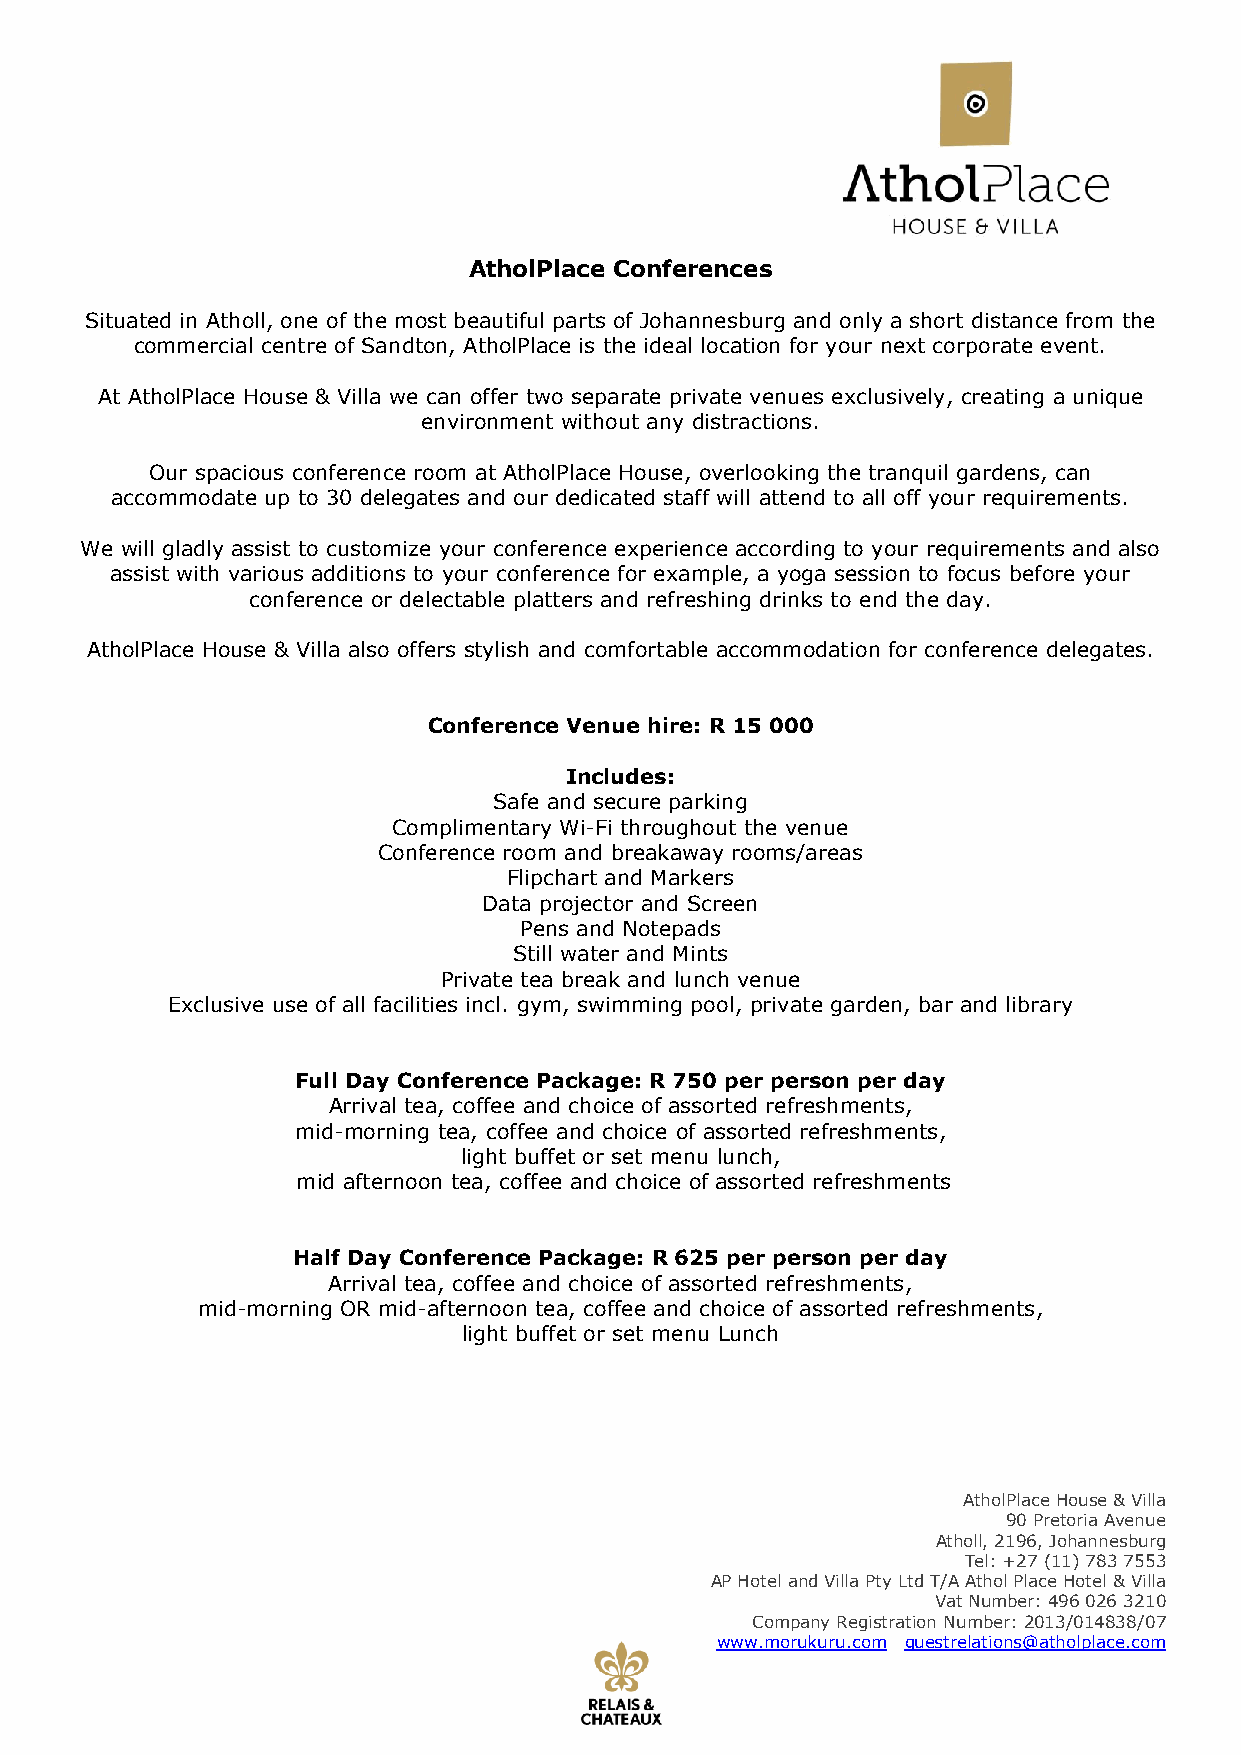
AtholPlace Conferences
 Situated in Atholl, one of the most beautiful parts of Johannesburg and only a short distance from the
 commercial centre of Sandton, AtholPlace is the ideal location for your next corporate event.
 At AtholPlace House & Villa we can offer two separate private venues exclusively, creating a unique
 environment without any distractions.
 Our spacious conference room at AtholPlace House, overlooking the tranquil gardens, can
 accommodate up to 30 delegates and our dedicated staff will attend to all off your requirements.
 We will gladly assist to customize your conference experience according to your requirements and also
 assist with various additions to your conference for example, a yoga session to focus before your
 conference or delectable platters and refreshing drinks to end the day.
 AtholPlace House & Villa also offers stylish and comfortable accommodation for conference delegates.
 Conference Venue hire: R 15 000
 Includes:
 Safe and secure parking
 Complimentary Wi-Fi throughout the venue
 Conference room and breakaway rooms/areas
 Flipchart and Markers
 Data projector and Screen
 Pens and Notepads
 Still water and Mints
 Private tea break and lunch venue
 Exclusive use of all facilities incl. gym, swimming pool, private garden, bar and library
 Full Day Conference Package: R 750 per person per day
 Arrival tea, coffee and choice of assorted refreshments,
 mid-morning tea, coffee and choice of assorted refreshments,
 light buffet or set menu lunch,
 mid afternoon tea, coffee and choice of assorted refreshments
 Half Day Conference Package: R 625 per person per day
 Arrival tea, coffee and choice of assorted refreshments,
 mid-morning OR mid-afternoon tea, coffee and choice of assorted refreshments,
 light buffet or set menu Lunch
 AtholPlace House & Villa
 90 Pretoria Avenue
 Atholl, 2196, Johannesburg
 Tel: +27 (11) 783 7553
 AP Hotel and Villa Pty Ltd T/A Athol Place Hotel & Villa
 Vat Number: 496 026 3210
 Company Registration Number: 2013/014838/07
 www.morukuru.com guestrelations@atholplace.com